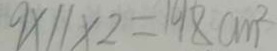
9 \times 1 1 \times 2 = 1 9 8 c m ^ { 2 }